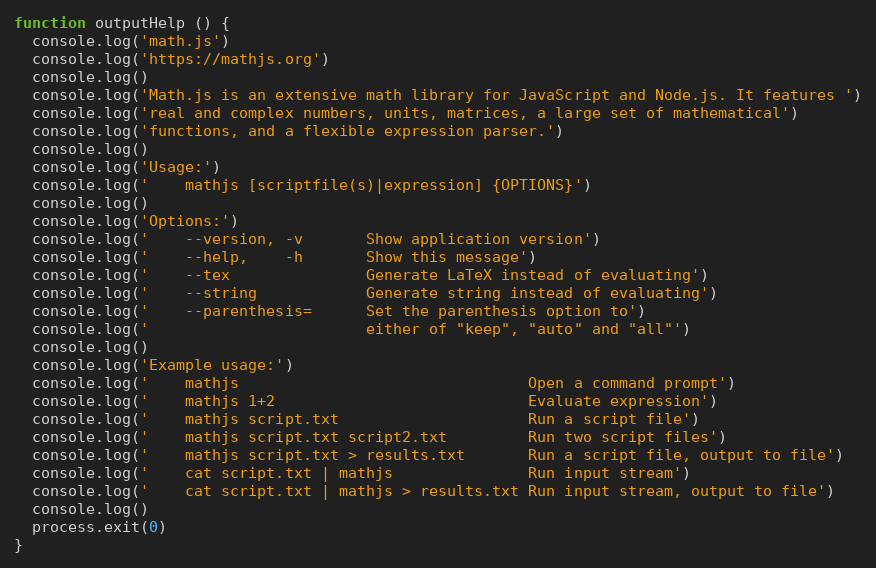
Language: JavaScript
function outputHelp () {
  console.log('math.js')
  console.log('https://mathjs.org')
  console.log()
  console.log('Math.js is an extensive math library for JavaScript and Node.js. It features ')
  console.log('real and complex numbers, units, matrices, a large set of mathematical')
  console.log('functions, and a flexible expression parser.')
  console.log()
  console.log('Usage:')
  console.log('    mathjs [scriptfile(s)|expression] {OPTIONS}')
  console.log()
  console.log('Options:')
  console.log('    --version, -v       Show application version')
  console.log('    --help,    -h       Show this message')
  console.log('    --tex               Generate LaTeX instead of evaluating')
  console.log('    --string            Generate string instead of evaluating')
  console.log('    --parenthesis=      Set the parenthesis option to')
  console.log('                        either of "keep", "auto" and "all"')
  console.log()
  console.log('Example usage:')
  console.log('    mathjs                                Open a command prompt')
  console.log('    mathjs 1+2                            Evaluate expression')
  console.log('    mathjs script.txt                     Run a script file')
  console.log('    mathjs script.txt script2.txt         Run two script files')
  console.log('    mathjs script.txt > results.txt       Run a script file, output to file')
  console.log('    cat script.txt | mathjs               Run input stream')
  console.log('    cat script.txt | mathjs > results.txt Run input stream, output to file')
  console.log()
  process.exit(0)
}